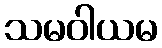
သမဝါယမ